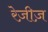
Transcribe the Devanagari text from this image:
रेज़ीज़